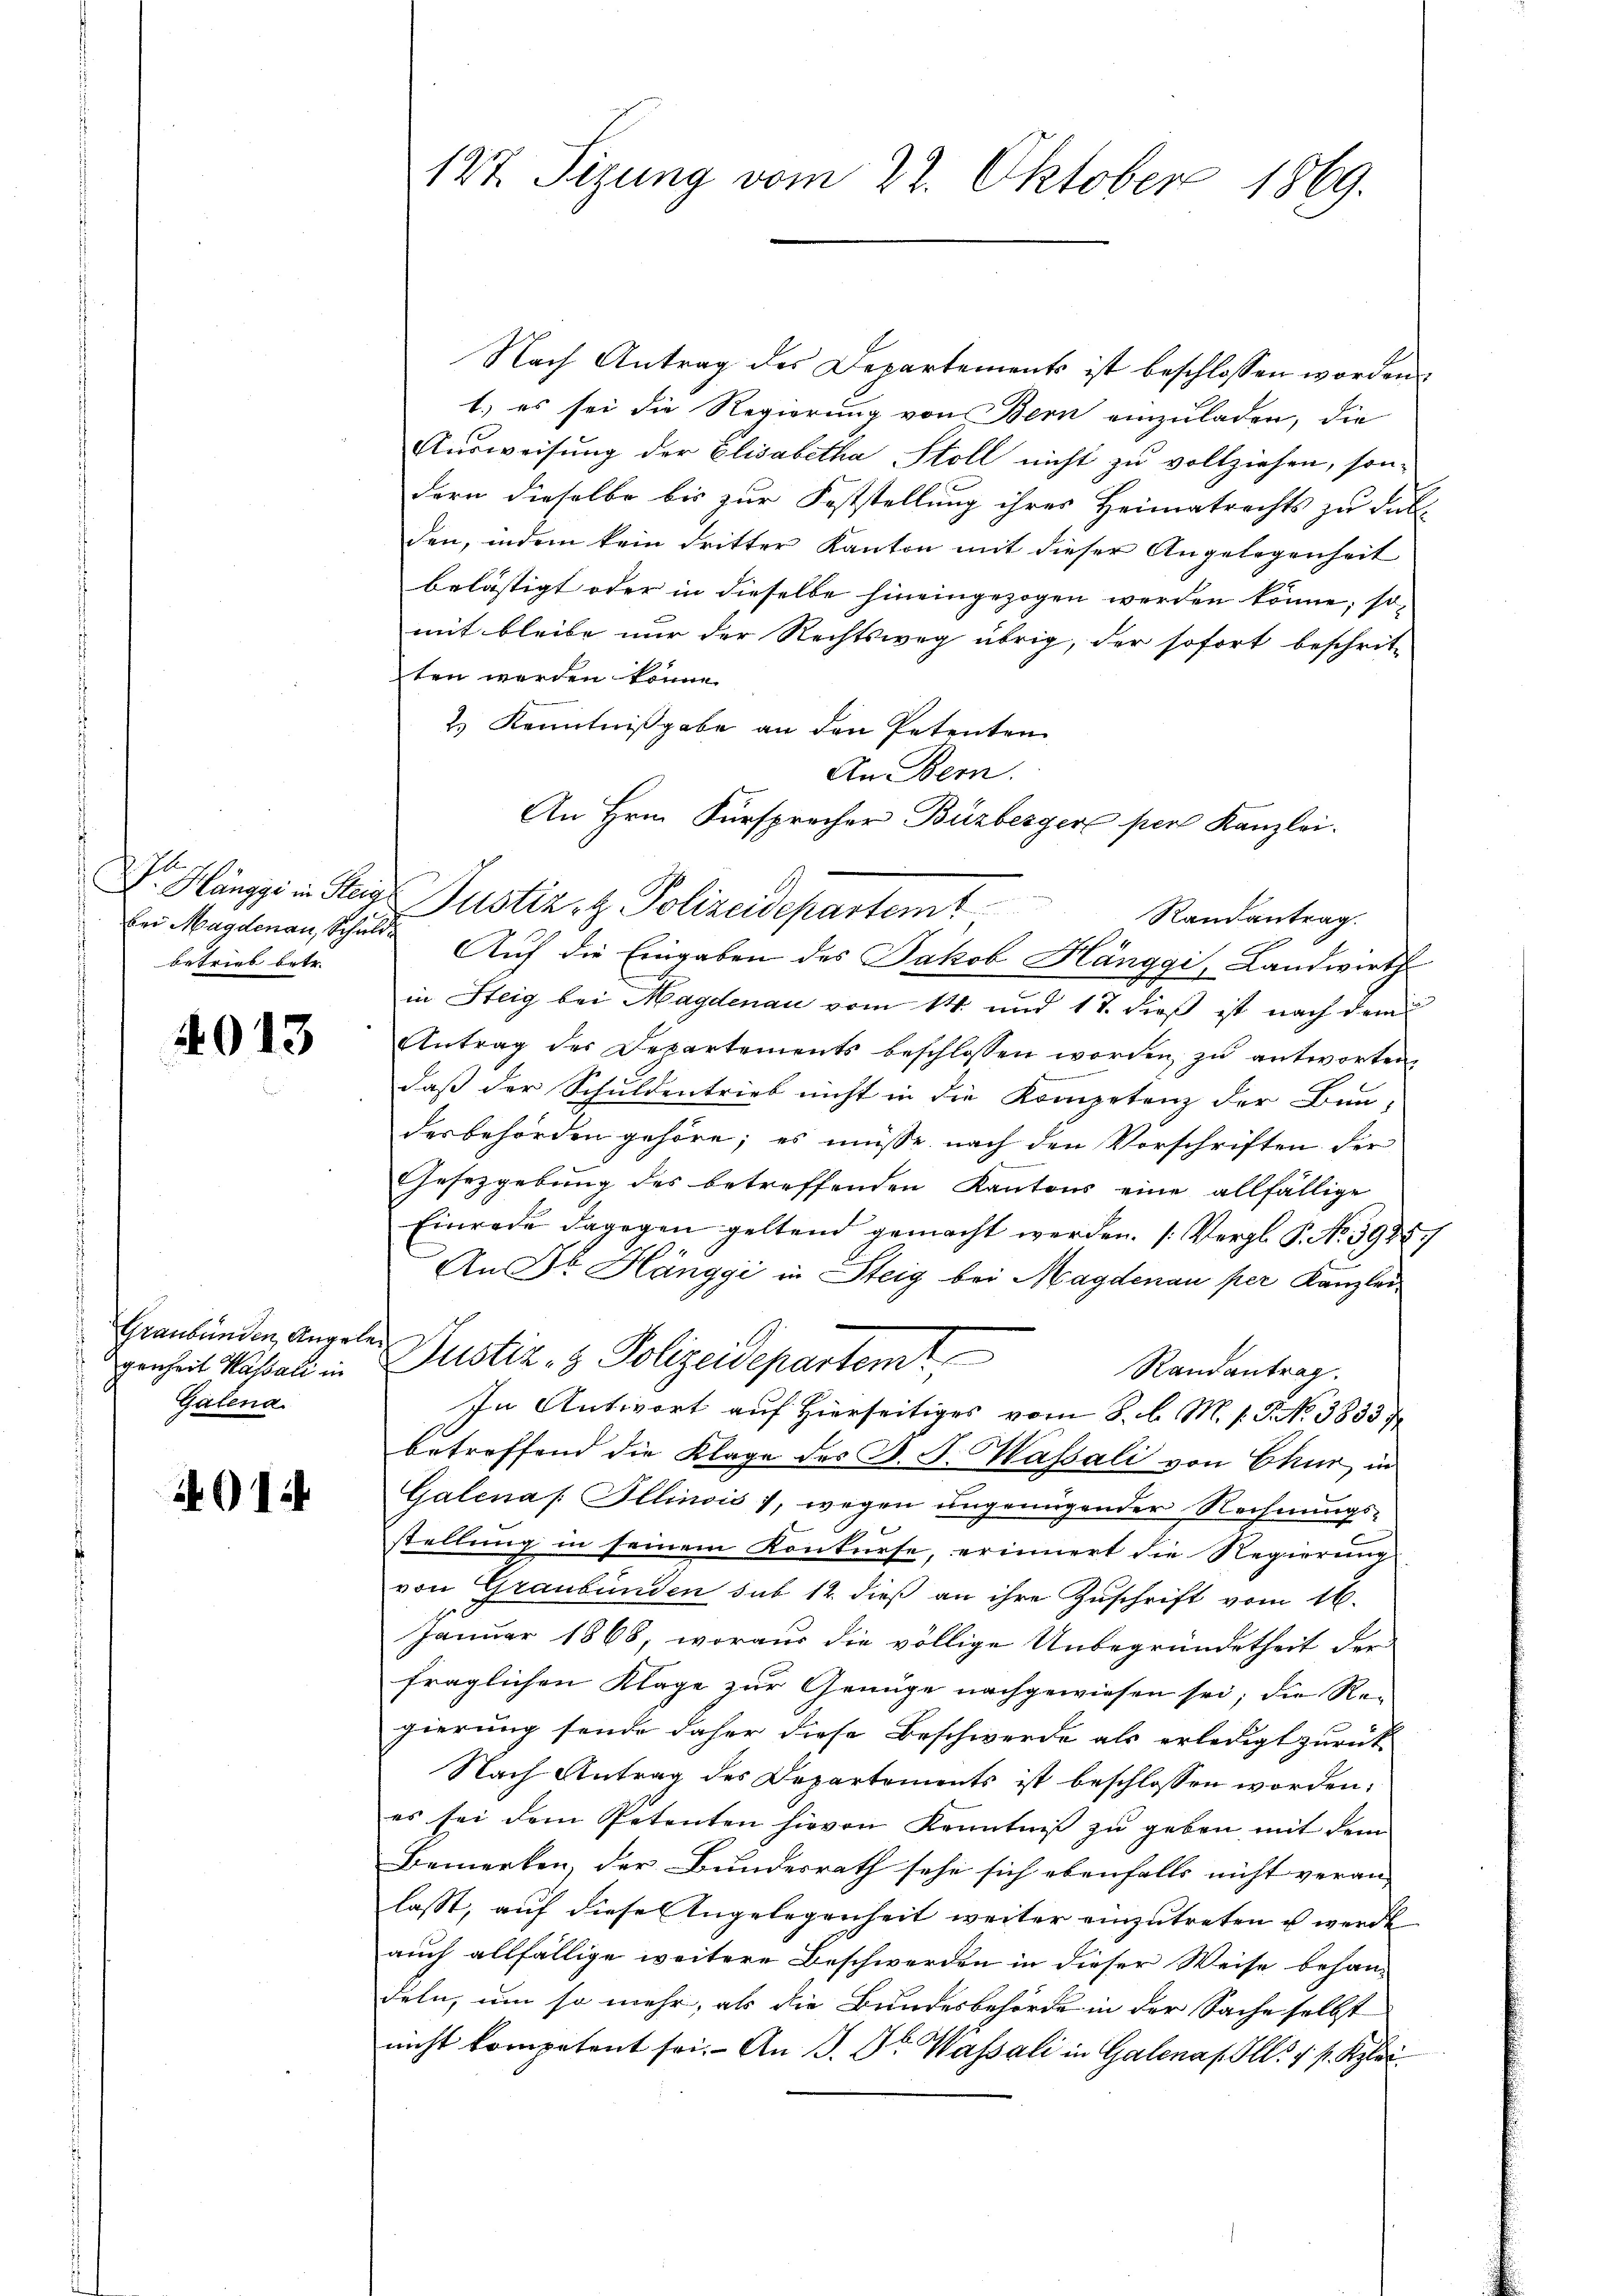
bei Magdenau, Schuld
betrieb betr.

4013

Graubünden, Angel
genheit Kassati in
Galena.

414

127. Sizung vom 22. Oktober 1869.

Nach Antrag des Departements ist beschlossen worden.
1. es sei die Regierung von Bern einzuladen, die
Ausweisung der Elisabetha Stoll nicht zu vollziehen, sondern dieselbe bis zur Feststellung ihres Heimatrechts zu Fall
den, indem kein dritter Kanton mit dieser Angelegenheit
belästigt oder in dieselbe hineingezogen werden könne; so-
mit bleibe nur der Rechtsweg übrig, der sofort beschrit-
ten werden könne.
2.) Kenntnißgabe an den Petenten
An Bern.
Dr. Hänggi in Steige Justiz- & Polizeidepartemt
Auf die Eingaben des Jakob Hänggi, Landwirth
in Steig bei Magdenau vom 14. und 17. dieß ist nach dem
Antrag des Departements beschlossen worden zŭ antworten.
daß der Schuldentrieb nicht in die Kompetenz der Bun-
desbehörden gehöre; es müsse nach den Vorschriften der
Gesetzgebung des betreffenden Kantons eine allfällige
Einrede dagegen geltend gemacht werden. (Vergl. P. Nr. 3985.
An Dr. Hänggi in Steig bei Magdenau per Kanzlei
Justiz- & Polizeidepartemt
Randantrag.
In Antwort auf Hierseitiges vom 8. d. M. s. S. No 3833
betreffend die Klage des B. J. Wassali von Chur, in
Galena. Illinois), wegen ungenügender Rechnungs-
stellung in seinem Konkurse, erinnert die Regierung
von Graubünden sub 12 dieß an ihre Zuschrift vom 16.
Januar 1868, woraus die völlige Unbegründetheit der
fraglichen Klage zur Genüge nachgewiesen sei; die Re-
gierung sende daher diese Beschwerde als erledigt zurück-
Nach Antrag des Departements ist beschlossen worden;
es sei dem Petenten hievon Kenntniβ zŭ geben mit dem
Bemerken, der Bundesrath sehe sich ebenfalls nicht veran-
lasst, auf diese Angelegenheit weiter einzutreten u werde
auch allfällige weitere Beschwerden in dieser Weise behan-
deln, um so mehr, als die Bundesbehörde in der Sache selbst
nicht kompetent sei. An J. Dr. Wassali in Galenas Ill. 1 f. Klei

An Hrn. Fürsprecher Buzberger per Kanzlei.
Randantrag.